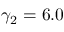
\gamma _ { 2 } = 6 . 0